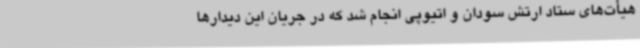
هیأت‌های ستاد ارتش سودان و اتیوپی انجام شد که در جریان این دیدارها